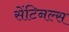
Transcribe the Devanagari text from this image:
सेंटिनल्स